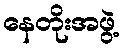
နေတိုးအဖွဲ့